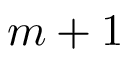
m + 1